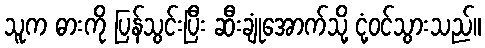
သူက ဓားကို ပြန်သွင်းပြီး ဆီးချုံအောက်သို့ ငုံ့ဝင်သွားသည်။